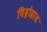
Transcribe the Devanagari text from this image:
विद्रोहात